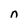
Character: n